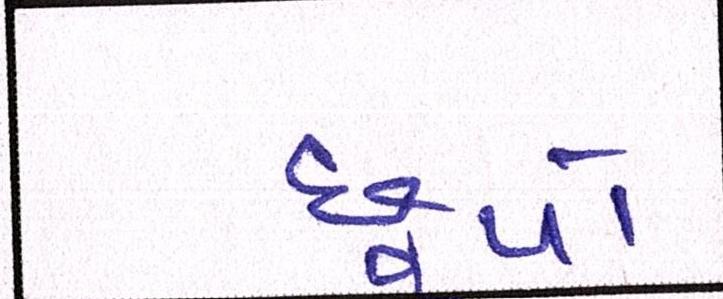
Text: છૂપો